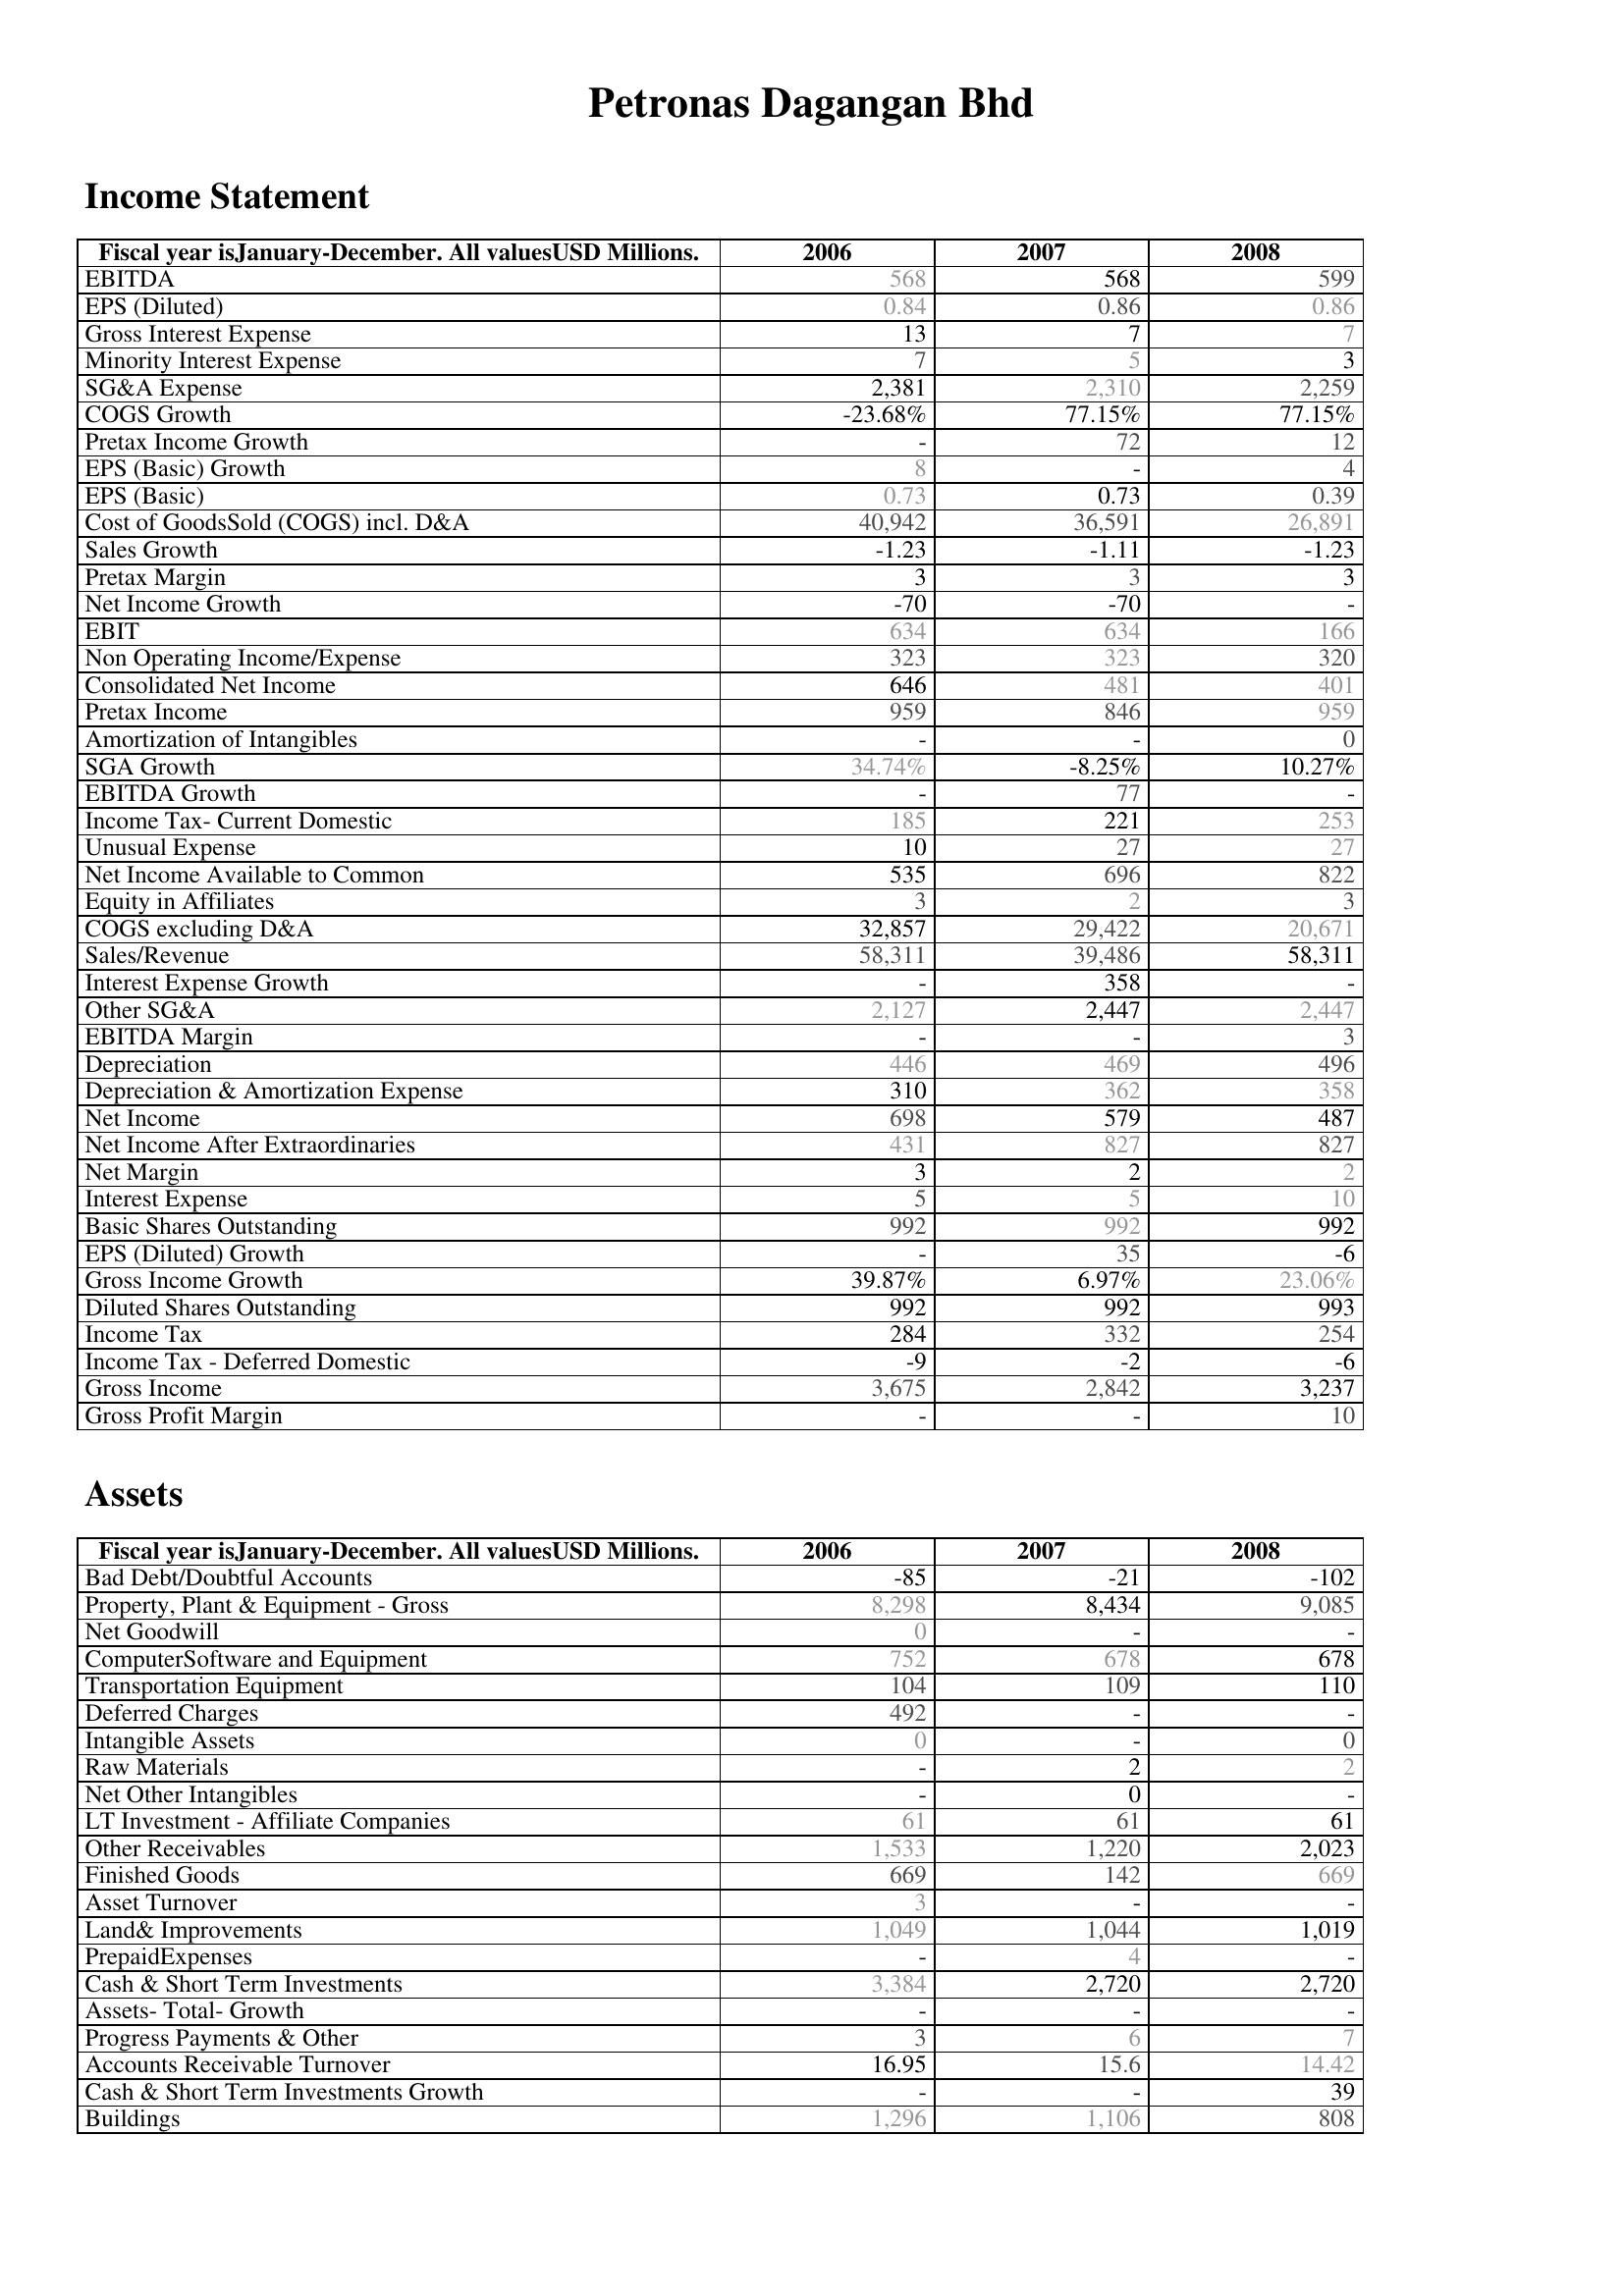
2006: Income Statement: EBITDA: 568
EPS (Diluted): 0.84
Gross Interest Expense: 13
Minority Interest Expense: 7
SG&A Expense: 2,381
COGS Growth: -23.68%
Pretax Income Growth: -
EPS (Basic) Growth: 8
EPS (Basic): 0.73
Cost of GoodsSold (COGS) incl. D&A: 40,942
Sales Growth: -1.23
Pretax Margin: 3
Net Income Growth: -70
EBIT: 634
Non Operating Income/Expense: 323
Consolidated Net Income: 646
Pretax Income: 959
Amortization of Intangibles: -
SGA Growth: 34.74%
EBITDA Growth: -
Income Tax- Current Domestic: 185
Unusual Expense: 10
Net Income Available to Common: 535
Equity in Affiliates: 3
COGS excluding D&A: 32,857
Sales/Revenue: 58,311
Interest Expense Growth: -
Other SG&A: 2,127
EBITDA Margin: -
Depreciation: 446
Depreciation & Amortization Expense: 310
Net Income: 698
Net Income After Extraordinaries: 431
Net Margin: 3
Interest Expense: 5
Basic Shares Outstanding: 992
EPS (Diluted) Growth: -
Gross Income Growth: 39.87%
Diluted Shares Outstanding: 992
Income Tax: 284
Income Tax - Deferred Domestic: -9
Gross Income: 3,675
Gross Profit Margin: -
Assets: Bad Debt/Doubtful Accounts: -85
Property, Plant & Equipment - Gross : 8,298
Net Goodwill: 0
ComputerSoftware and Equipment: 752
Transportation Equipment: 104
Deferred Charges: 492
Intangible Assets: 0
Raw Materials: -
Net Other Intangibles: -
LT Investment - Affiliate Companies: 61
Other Receivables: 1,533
Finished Goods: 669
Asset Turnover: 3
Land& Improvements: 1,049
PrepaidExpenses: -
Cash & Short Term Investments: 3,384
Assets- Total- Growth: -
Progress Payments & Other: 3
Accounts Receivable Turnover: 16.95
Cash & Short Term Investments Growth: -
Buildings: 1,296
2007: Income Statement: EBITDA: 568
EPS (Diluted): 0.86
Gross Interest Expense: 7
Minority Interest Expense: 5
SG&A Expense: 2,310
COGS Growth: 77.15%
Pretax Income Growth: 72
EPS (Basic) Growth: -
EPS (Basic): 0.73
Cost of GoodsSold (COGS) incl. D&A: 36,591
Sales Growth: -1.11
Pretax Margin: 3
Net Income Growth: -70
EBIT: 634
Non Operating Income/Expense: 323
Consolidated Net Income: 481
Pretax Income: 846
Amortization of Intangibles: -
SGA Growth: -8.25%
EBITDA Growth: 77
Income Tax- Current Domestic: 221
Unusual Expense: 27
Net Income Available to Common: 696
Equity in Affiliates: 2
COGS excluding D&A: 29,422
Sales/Revenue: 39,486
Interest Expense Growth: 358
Other SG&A: 2,447
EBITDA Margin: -
Depreciation: 469
Depreciation & Amortization Expense: 362
Net Income: 579
Net Income After Extraordinaries: 827
Net Margin: 2
Interest Expense: 5
Basic Shares Outstanding: 992
EPS (Diluted) Growth: 35
Gross Income Growth: 6.97%
Diluted Shares Outstanding: 992
Income Tax: 332
Income Tax - Deferred Domestic: -2
Gross Income: 2,842
Gross Profit Margin: -
Assets: Bad Debt/Doubtful Accounts: -21
Property, Plant & Equipment - Gross : 8,434
Net Goodwill: -
ComputerSoftware and Equipment: 678
Transportation Equipment: 109
Deferred Charges: -
Intangible Assets: -
Raw Materials: 2
Net Other Intangibles: 0
LT Investment - Affiliate Companies: 61
Other Receivables: 1,220
Finished Goods: 142
Asset Turnover: -
Land& Improvements: 1,044
PrepaidExpenses: 4
Cash & Short Term Investments: 2,720
Assets- Total- Growth: -
Progress Payments & Other: 6
Accounts Receivable Turnover: 15.6
Cash & Short Term Investments Growth: -
Buildings: 1,106
2008: Income Statement: EBITDA: 599
EPS (Diluted): 0.86
Gross Interest Expense: 7
Minority Interest Expense: 3
SG&A Expense: 2,259
COGS Growth: 77.15%
Pretax Income Growth: 12
EPS (Basic) Growth: 4
EPS (Basic): 0.39
Cost of GoodsSold (COGS) incl. D&A: 26,891
Sales Growth: -1.23
Pretax Margin: 3
Net Income Growth: -
EBIT: 166
Non Operating Income/Expense: 320
Consolidated Net Income: 401
Pretax Income: 959
Amortization of Intangibles: 0
SGA Growth: 10.27%
EBITDA Growth: -
Income Tax- Current Domestic: 253
Unusual Expense: 27
Net Income Available to Common: 822
Equity in Affiliates: 3
COGS excluding D&A: 20,671
Sales/Revenue: 58,311
Interest Expense Growth: -
Other SG&A: 2,447
EBITDA Margin: 3
Depreciation: 496
Depreciation & Amortization Expense: 358
Net Income: 487
Net Income After Extraordinaries: 827
Net Margin: 2
Interest Expense: 10
Basic Shares Outstanding: 992
EPS (Diluted) Growth: -6
Gross Income Growth: 23.06%
Diluted Shares Outstanding: 993
Income Tax: 254
Income Tax - Deferred Domestic: -6
Gross Income: 3,237
Gross Profit Margin: 10
Assets: Bad Debt/Doubtful Accounts: -102
Property, Plant & Equipment - Gross : 9,085
Net Goodwill: -
ComputerSoftware and Equipment: 678
Transportation Equipment: 110
Deferred Charges: -
Intangible Assets: 0
Raw Materials: 2
Net Other Intangibles: -
LT Investment - Affiliate Companies: 61
Other Receivables: 2,023
Finished Goods: 669
Asset Turnover: -
Land& Improvements: 1,019
PrepaidExpenses: -
Cash & Short Term Investments: 2,720
Assets- Total- Growth: -
Progress Payments & Other: 7
Accounts Receivable Turnover: 14.42
Cash & Short Term Investments Growth: 39
Buildings: 808